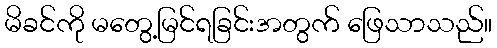
မိခင်ကို မတွေ့မြင်ရခြင်းအတွက် ဖြေသာသည်။